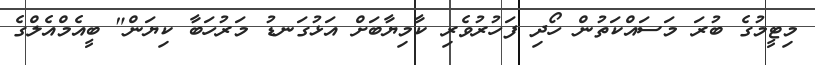
މިޓީމުގެ ބުރަ މަސައްކަތުން ހޯދި ފަހުރުވެރި ކާމިޔާބަށް އަޅުގަނޑު މަރުހަބާ ކިޔަން" ބީއެމްއެލްގެ